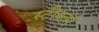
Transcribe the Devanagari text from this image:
स्टीकर्स